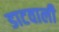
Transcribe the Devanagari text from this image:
डाटवाली